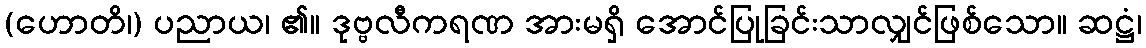
(ဟောတိ၊) ပညာယ၊ ၏။ ဒုဗ္ဗလီကရဏ အားမရှိ အောင်ပြုခြင်းသာလျှင်ဖြစ်သော။ ဆဋ္ဌံ၊